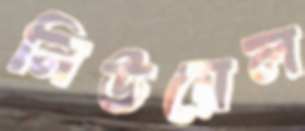
নিউয়েল